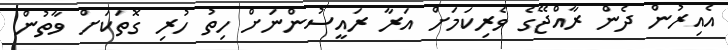
އެއިރުން ދެން ރާއްޖޭގެ ވެރިކަމަށް އަރާ ރައީސުންނަށް ހިތު ހުރި ގޮތަކަށް ވާތުން